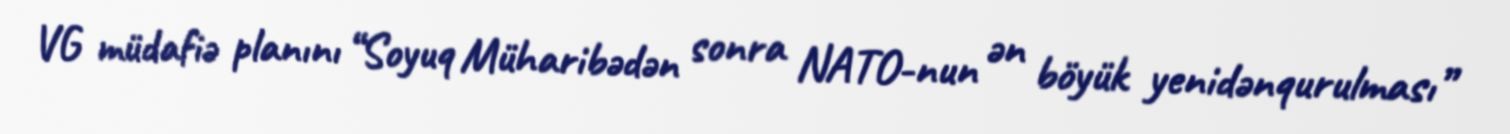
VG müdafiə planını “Soyuq Müharibədən sonra NATO-nun ən böyük yenidənqurulması”